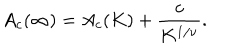
A _ { c } ( \infty ) = A _ { c } ( K ) + \frac { c } { K ^ { 1 / \nu } } .